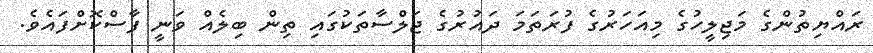
ރައްޔިތުންގެ މަޖިލީހުގެ މިއަހަރުގެ ފުރަތަމަ ދައުރުގެ ޖަލްސާތަކުގައި ތިން ބިލެއް ވަނީ ފާސްކޮށްފައެވެ.